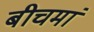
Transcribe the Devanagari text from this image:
बीचमां